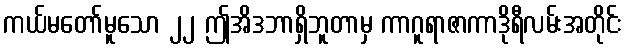
ကယ်မတော်မူသော ၂၂ ဤအိဒဘာရှိဘူတာမှ ကာဂူရာဇာကာဒိုရီလမ်းအတိုင်း